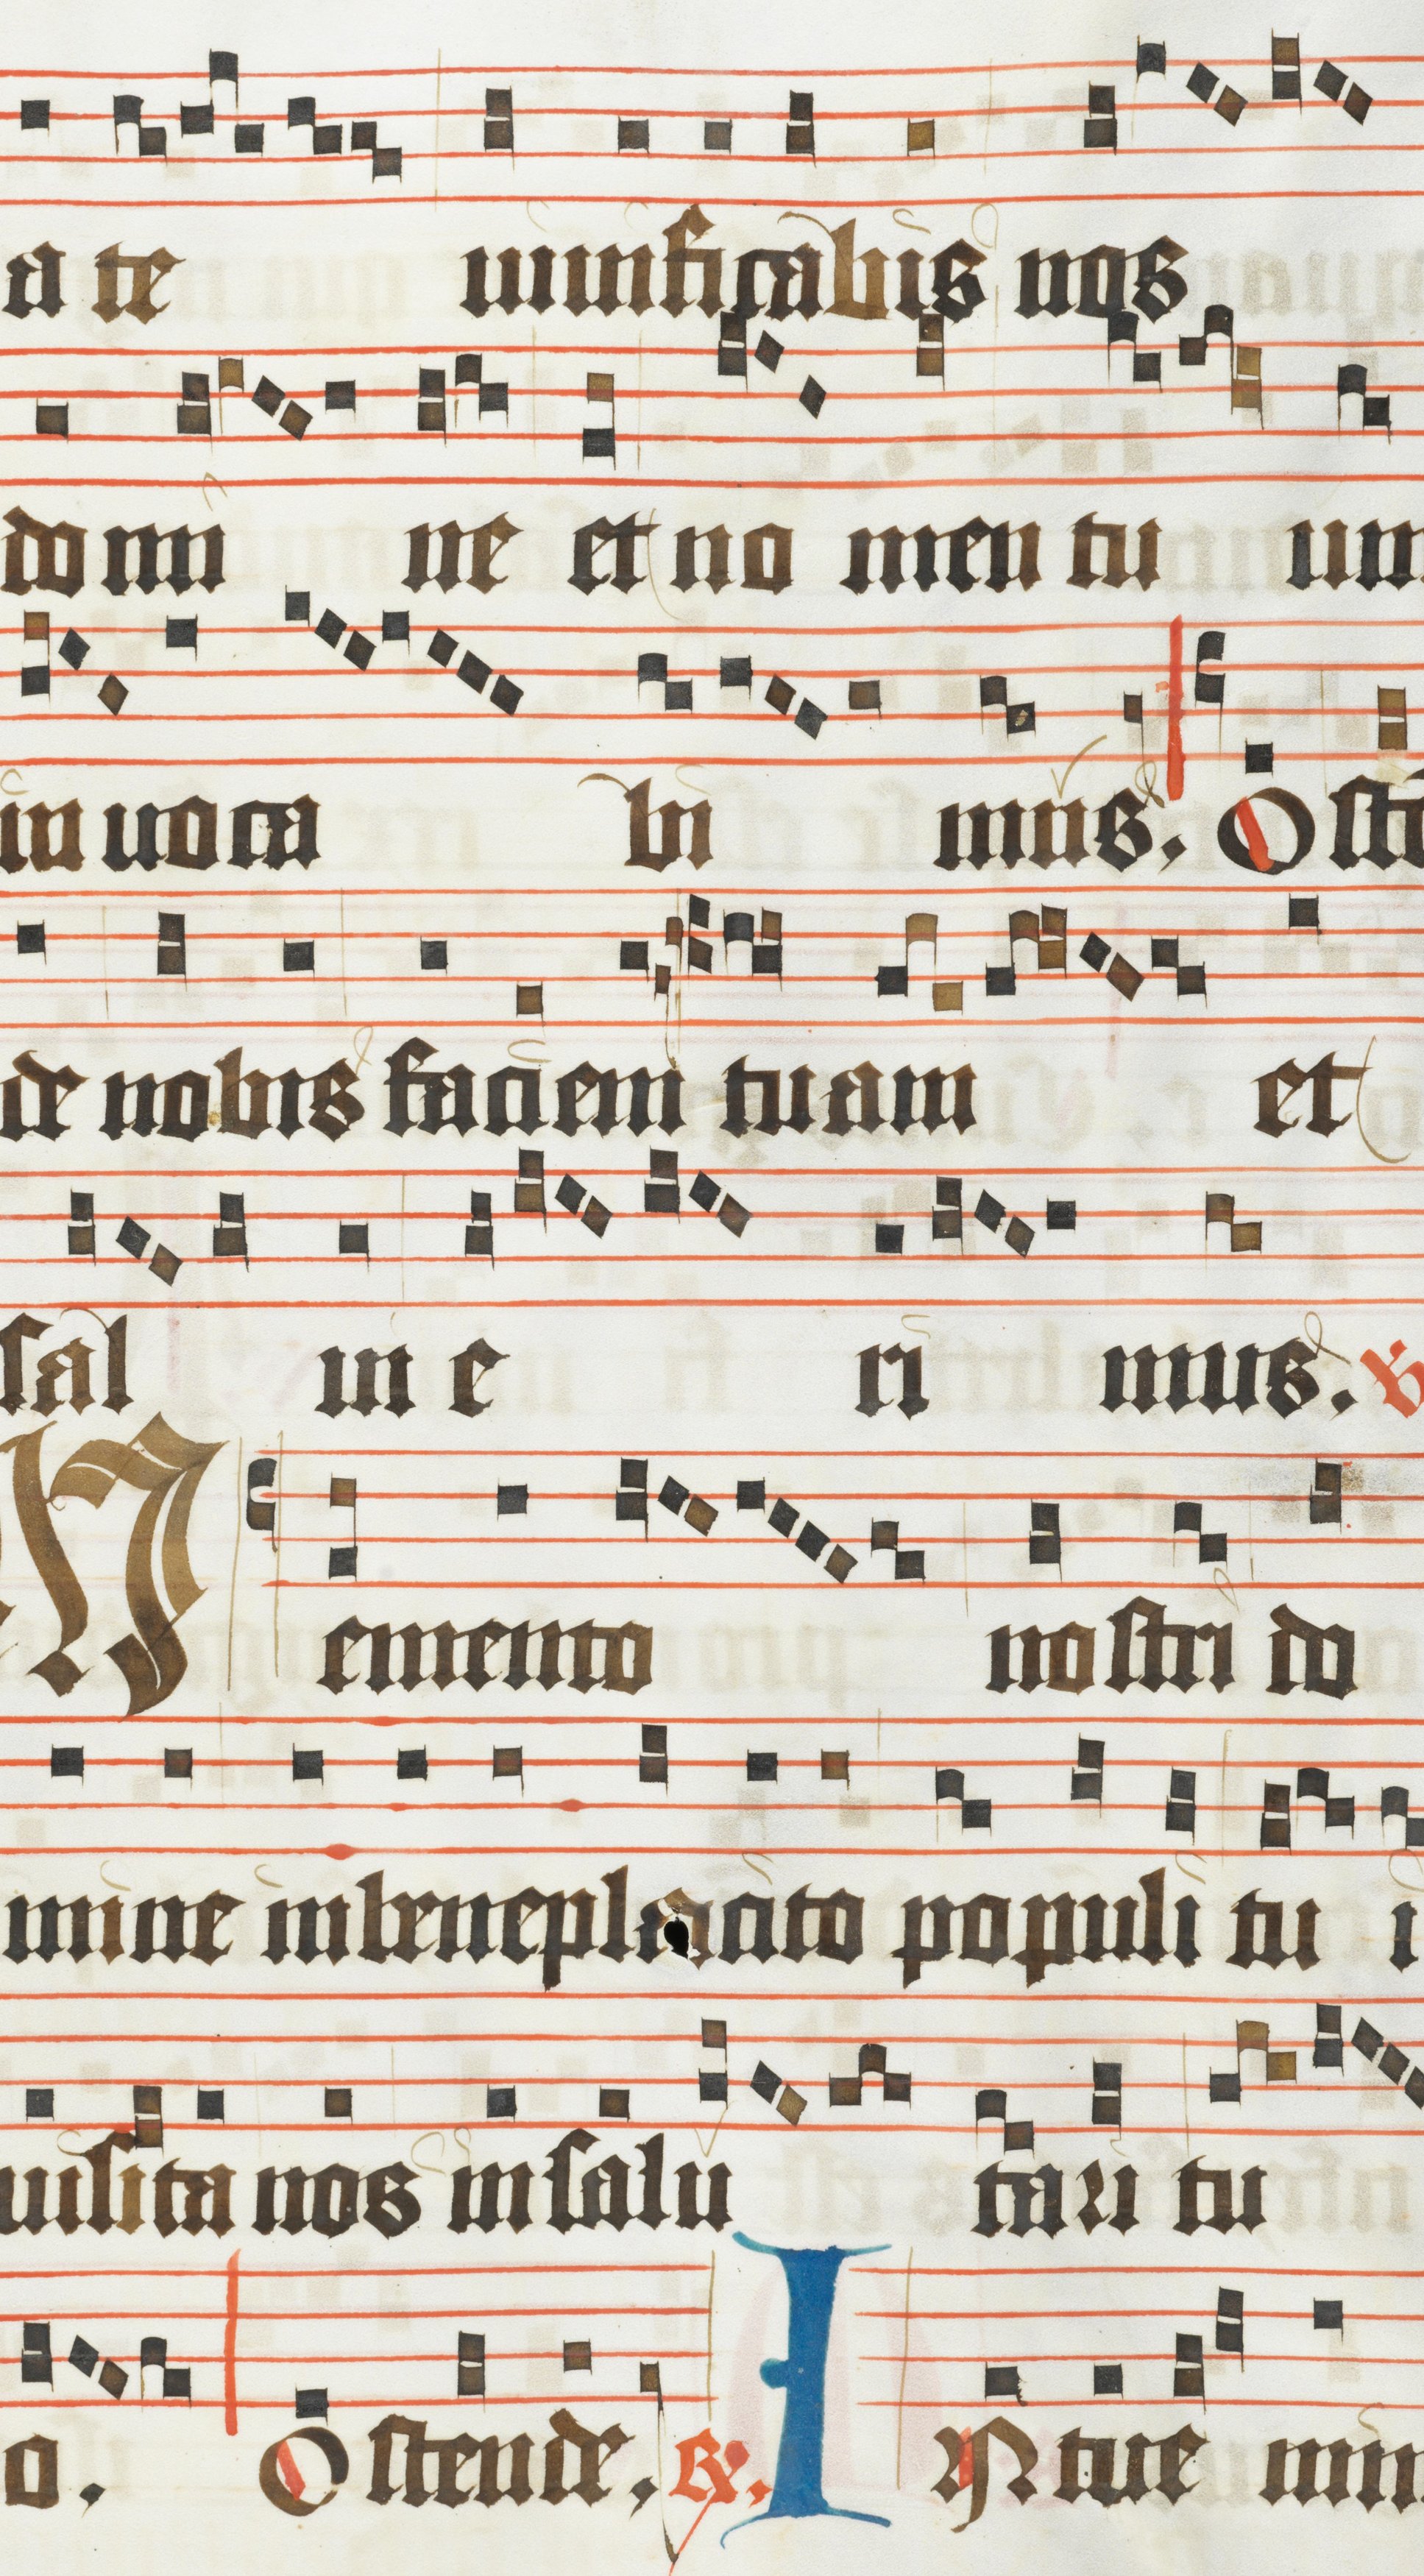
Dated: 1450–1499